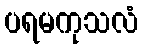
ပရမကုသလံ